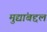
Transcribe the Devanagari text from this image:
मुद्यांबद्दल